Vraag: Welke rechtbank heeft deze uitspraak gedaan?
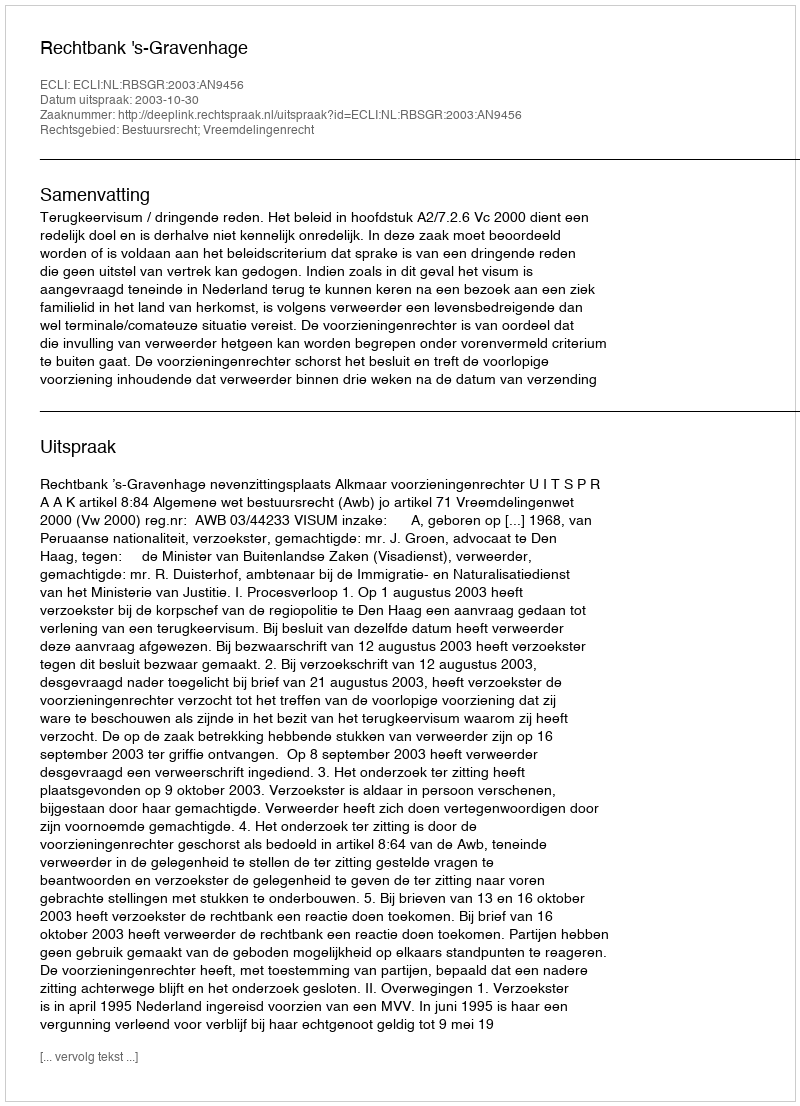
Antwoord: Rechtbank 's-Gravenhage